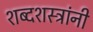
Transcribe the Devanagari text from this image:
शब्दशस्त्रांनी